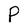
Character: P